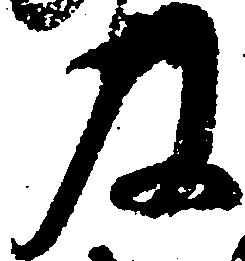
及